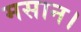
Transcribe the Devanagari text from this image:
मसान।